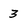
Character: 3